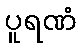
ပူရဏံ